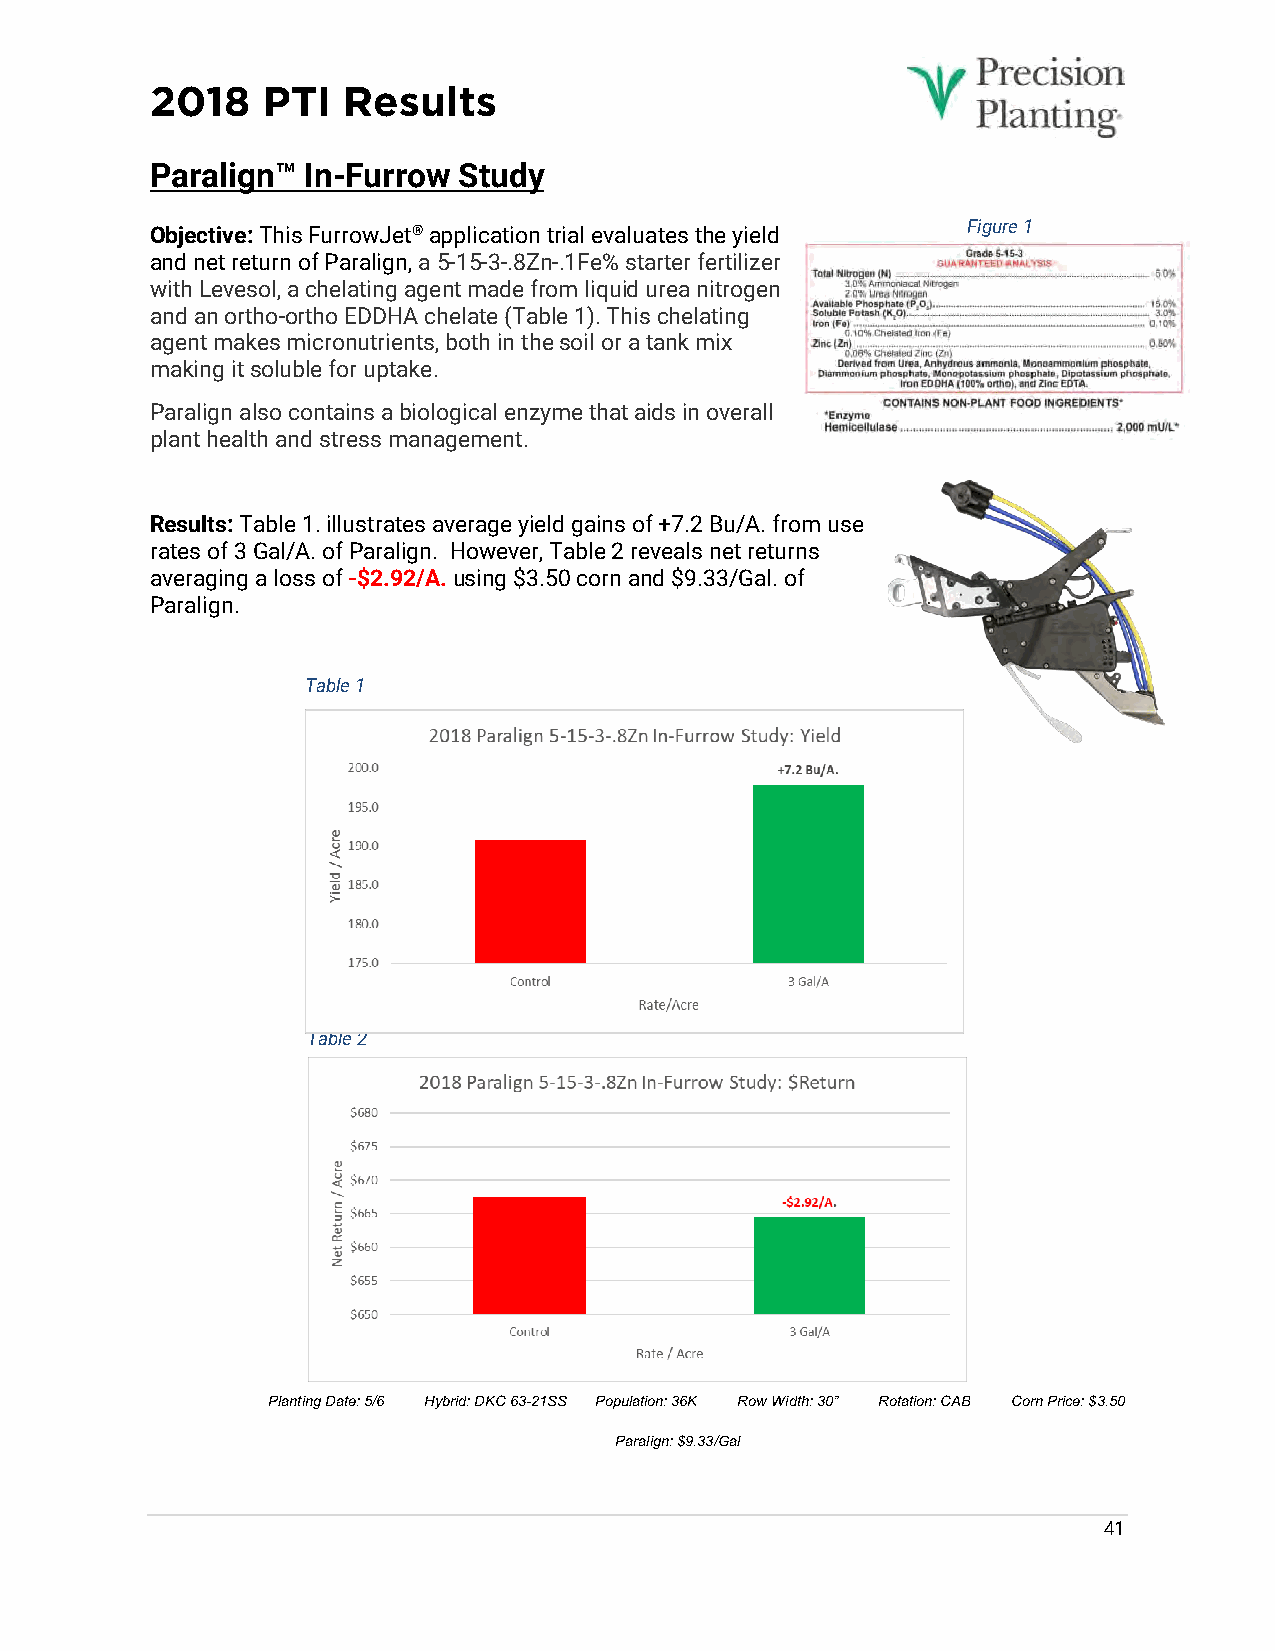
2018   PTI   Results
 Paralign™ In-Furrow Study
 Objective: This FurrowJet® application trial evaluates the yield Figure 1
 and net return of Paralign, a 5-15-3-.8Zn-.1Fe% starter fertilizer
 with Levesol, a chelating agent made from liquid urea nitrogen
 and an ortho-ortho EDDHA chelate (Table 1). This chelating
 agent makes micronutrients, both in the soil or a tank mix
 making it soluble for uptake.
 Paralign also contains a biological enzyme that aids in overall
 plant health and stress management.
 Results: Table 1. illustrates average yield gains of +7.2 Bu/A. from use
 rates of 3 Gal/A. of Paralign. However, Table 2 reveals net returns
 averaging a loss of -$2.92/A. using $3.50 corn and $9.33/Gal. of
 Paralign.
 Table 1
 Table 2
 Planting Date: 5/6 Hybrid: DKC 63-21SS Population: 36K Row Width: 30” Rotation: CAB Corn Price: $3.50
 Paralign: $9.33/Gal
 41